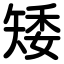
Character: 矮